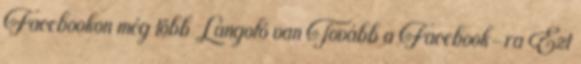
Facebookon még több Lángoló van Tovább a Facebook-ra Ezt